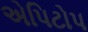
એપિટોપ